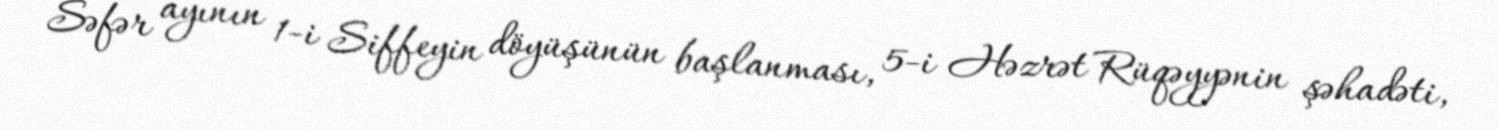
Səfər ayının 1-i Siffeyin döyüşünün başlanması, 5-i Həzrət Rüqəyyənin şəhadəti,